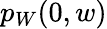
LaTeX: p_{W}(0,w)